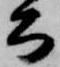
公